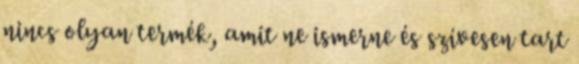
nincs olyan termék, amit ne ismerne és szívesen tart